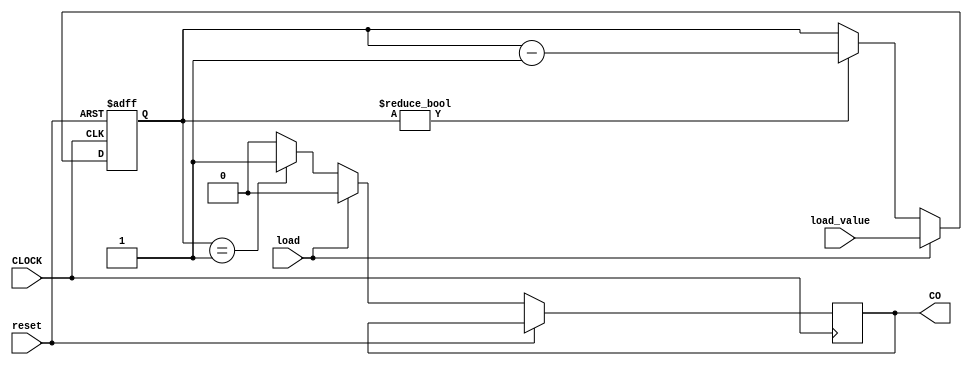
module Eightb_dwn_cntr_top (
   input  wire       load,
   input  wire [7:0] load_value,
   input  wire       reset,       
   input  wire       CLOCK,

   output reg        CO
);

   reg [7:0]   count;
 	          
   always @(posedge CLOCK or posedge reset)
     begin
	if(reset) begin
	  count <= 8'b0;
	end
	else begin
	   
	   if(count == 8'b1)begin
	      CO <= 1; 
	   end
	   else begin
               CO <= 0; 
	   end
	   if(load) begin
	     count <=load_value;
	     CO <= 0;
	   end
	   
	   else if(count != 8'b0) begin
	      count <= count - 8'd1;
	   end
	end
     end
   
   
   
endmodule